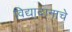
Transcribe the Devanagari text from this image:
विद्यादानाचे